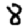
Digit: 8